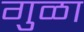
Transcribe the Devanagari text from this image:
गुळा